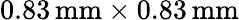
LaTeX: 0.83\, \textrm{mm}\times 0.83\, \textrm{mm}